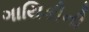
ગાયિકીની